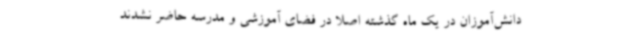
دانش‌آموزان در یک ماه گذشته اصلا در فضای آموزشی و مدرسه حاضر نشدند